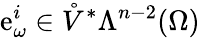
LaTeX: \mathrm{e}_{\omega}^{i}\in\mathring{V}^{\ast}\Lambda^{n-2}(\Omega)